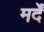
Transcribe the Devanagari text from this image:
मर्दें